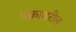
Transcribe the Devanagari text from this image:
चक्रावरील